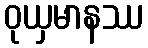
ဝုယှမာနဿ